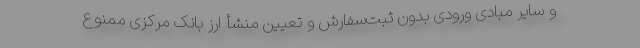
و سایر مبادی ورودی بدون ثبت‌سفارش و تعیین منشأ ارز بانک مرکزی ممنوع